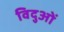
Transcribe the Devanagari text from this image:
विदुओं